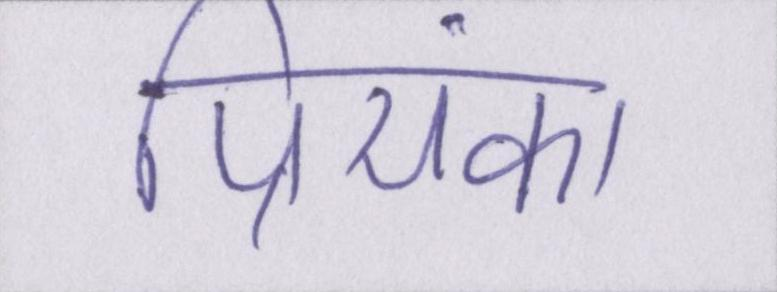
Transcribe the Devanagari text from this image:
प्रियंका